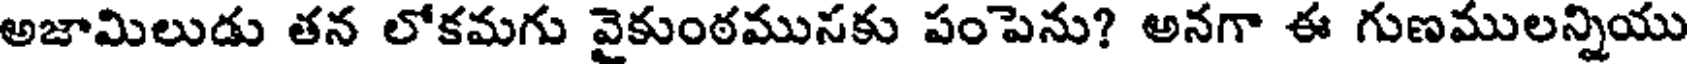
అజామిలుడు తన లోకమగు వైకుంఠమునకు పంపెను? అనగా ఈ గుణములన్నియు